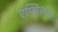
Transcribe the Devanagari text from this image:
एप्सिलन।